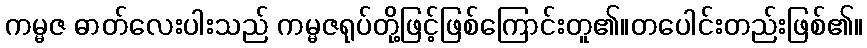
ကမ္မဇ ဓာတ်လေးပါးသည် ကမ္မဇရုပ်တို့ဖြင့်ဖြစ်ကြောင်းတူ၏။တပေါင်းတည်းဖြစ်၏။